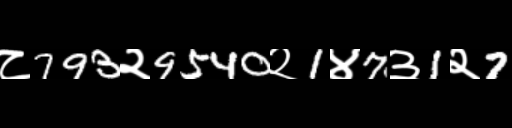
Text: ८793२9540२1४7३1२7